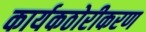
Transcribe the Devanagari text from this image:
कार्यकठोरीकरण